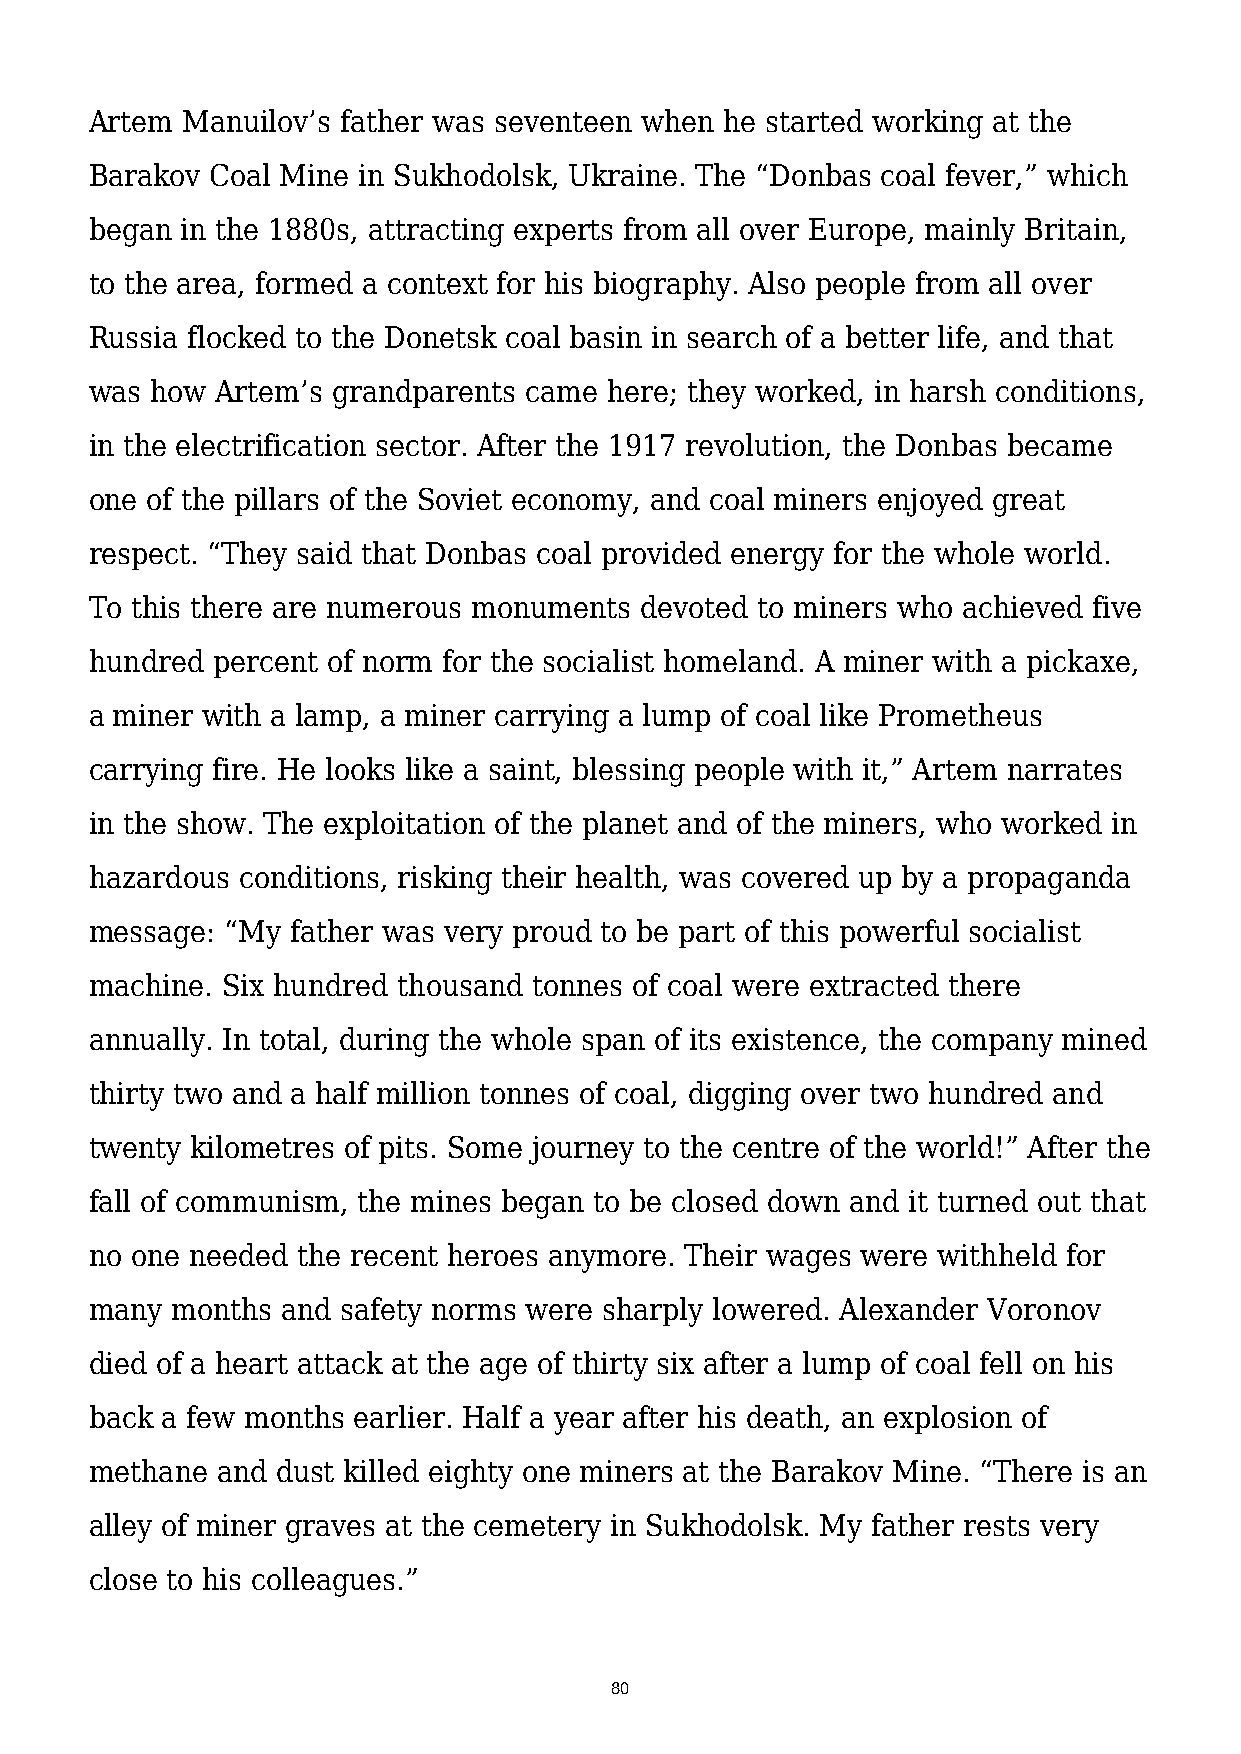
Artem Manuilov’s father was seventeen when he started working at the
 Barakov Coal Mine in Sukhodolsk, Ukraine. The “Donbas coal fever,” which
 began in the 1880s, attracting experts from all over Europe, mainly Britain,
 to the area, formed a context for his biography. Also people from all over
 Russia flocked to the Donetsk coal basin in search of a better life, and that
 was how Artem’s grandparents came here; they worked, in harsh conditions,
 in the electrification sector. After the 1917 revolution, the Donbas became
 one of the pillars of the Soviet economy, and coal miners enjoyed great
 respect. “They said that Donbas coal provided energy for the whole world.
 To this there are numerous monuments devoted to miners who achieved five
 hundred percent of norm for the socialist homeland. A miner with a pickaxe,
 a miner with a lamp, a miner carrying a lump of coal like Prometheus
 carrying fire. He looks like a saint, blessing people with it,” Artem narrates
 in the show. The exploitation of the planet and of the miners, who worked in
 hazardous conditions, risking their health, was covered up by a propaganda
 message: “My father was very proud to be part of this powerful socialist
 machine. Six hundred thousand tonnes of coal were extracted there
 annually. In total, during the whole span of its existence, the company mined
 thirty two and a half million tonnes of coal, digging over two hundred and
 twenty kilometres of pits. Some journey to the centre of the world!” After the
 fall of communism, the mines began to be closed down and it turned out that
 no one needed the recent heroes anymore. Their wages were withheld for
 many months  and safety norms were sharply lowered. Alexander Voronov
 died of a heart attack at the age of thirty six after a lump of coal fell on his
 back a few months earlier. Half a year after his death, an explosion of
 methane and dust killed eighty one miners at the Barakov Mine. “There is an
 alley of miner graves at the cemetery in Sukhodolsk. My father rests very
 close to his colleagues.”
 80